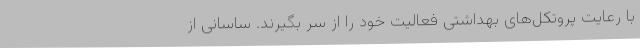
با رعایت پروتکل‌های بهداشتی فعالیت خود را از سر بگیرند. ساسانی از